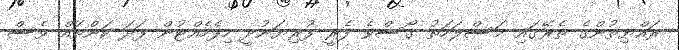
ރައްޔިތުންގެ ތެރޭގައި މަސްލަހަތު ގޯސްވެ ފެރީ ފުރިޔަނުދީ ހިފެހެއްޓުން ފަދަ ކަންތައް ވެސް